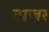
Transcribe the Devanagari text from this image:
नाजर